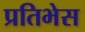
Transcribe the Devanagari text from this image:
प्रतिभेस